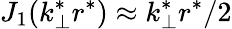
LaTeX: J_{1}(k_{\perp}^{*}r^{*})\approx k_{\perp}^{*}r^{*}/2